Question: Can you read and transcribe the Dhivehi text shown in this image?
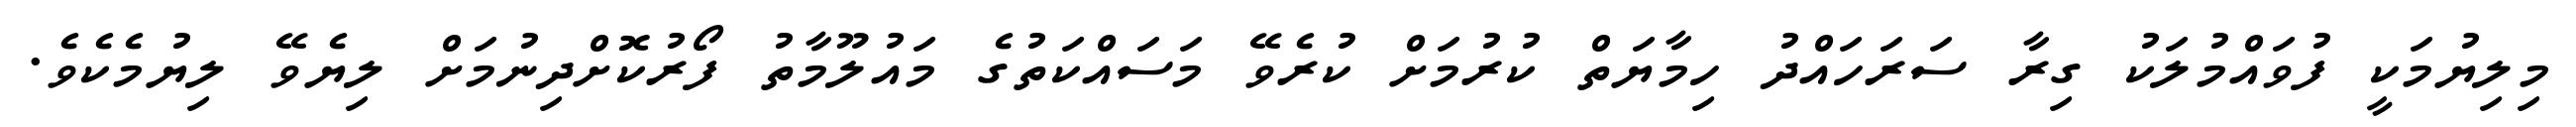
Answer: މިލިޔުމަކީ ފުވައްމުލަކު ގިރާ ސަރަހައްދު ހިމާޔަތް ކުރުމަށް ކުރެވޭ މަސައްކަތުގެ މައުލޫމާތު ފޯރުކޮށްދިނުމަށް ލިޔެވޭ ލިޔުމެކެވެ.